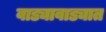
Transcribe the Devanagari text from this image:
वाड्यावाड्यात